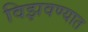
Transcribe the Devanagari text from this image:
विझवण्यात